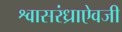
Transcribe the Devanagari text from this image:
श्वासरंध्राऐवजी